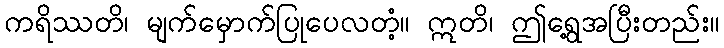
ကရိဿတိ၊ မျက်မှောက်ပြုပေလတံ့။ ဣတိ၊ ဤရွေ့အပြီးတည်း။